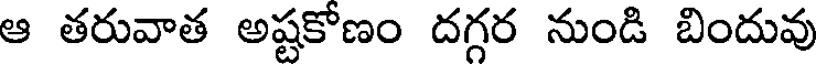
ఆ తరువాత అష్టకోణం దగ్గర నుండి బిందువు